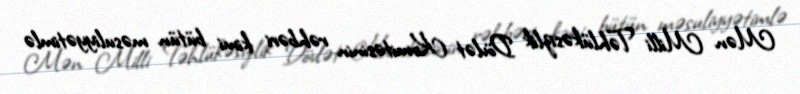
Mən Milli Təhlükəsizlik Dövlət Komitəsinin rəhbəri kimi bütün məsuliyyətimlə